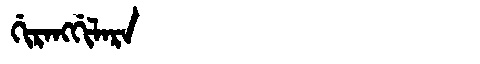
Manchu: ᡤᡳᡵᠠᠩᡤᡳᠯᠠᡵᠠ
Romanization: GIRANGGILARA